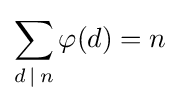
\sum _{d\,|\,n}\varphi (d)=n